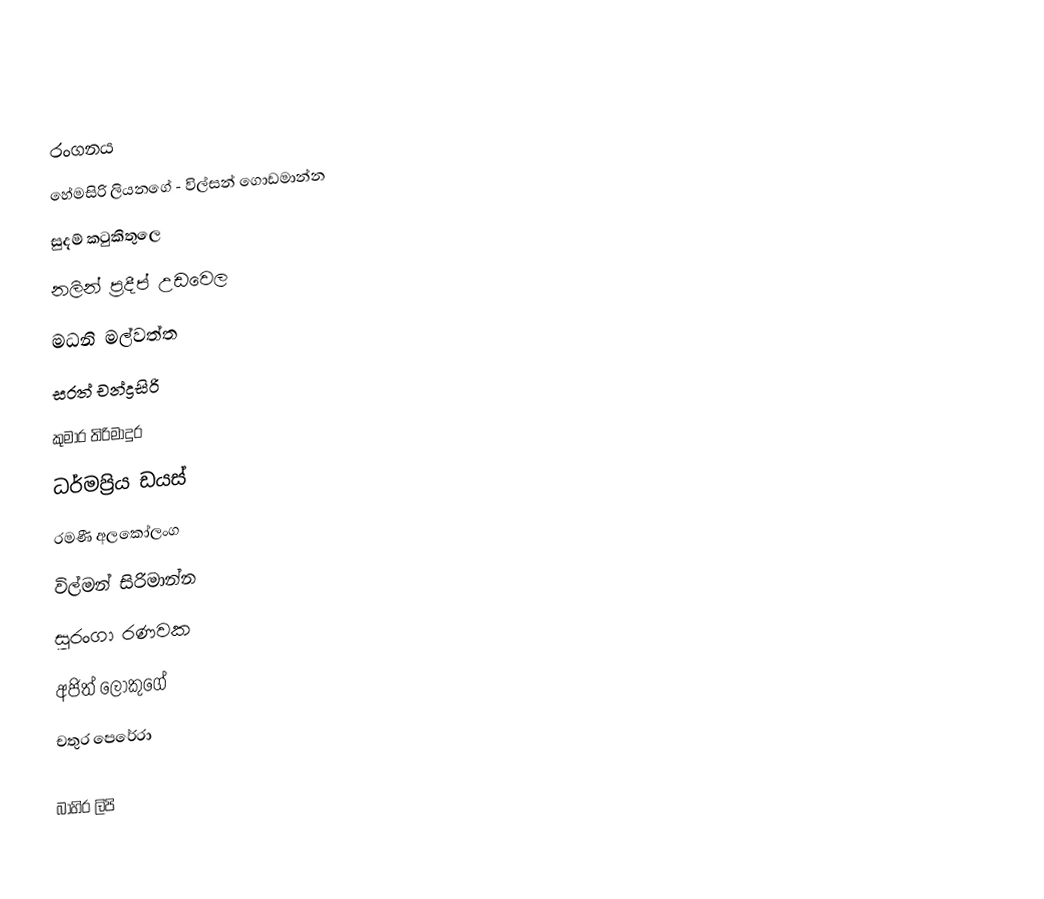

රංගනය
හේමසිරි ලියනගේ - විල්සන් ගොඩමාන්න
සුදම් කටුකිතුලෙ
නලින් ප්‍රදීප් උඩවෙල
මධනි මල්වත්ත
සරත් චන්ද්‍රසිරි
කුමාර තිරිමාදුර
ධර්මප්‍රිය ඩයස්
රමණී අලකෝලංග
විල්මන් සිරිමාන්න
සුරංගා රණවක
අජිත් ලොකුගේ
චතුර පෙරේරා

බාහිර ලිපි